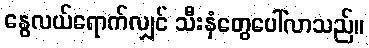
နွေလယ်ရောက်လျှင် သီးနှံတွေပေါ်လာသည်။